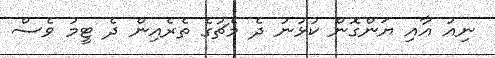
ނިއު އާއި ޔަންގޮން ކުޅުނު ދެ މެޗުގެ ތެރެއިން ދެ ޓީމު ވެސް